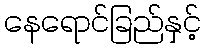
နေရောင်ခြည်နှင့်